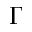
\Gamma